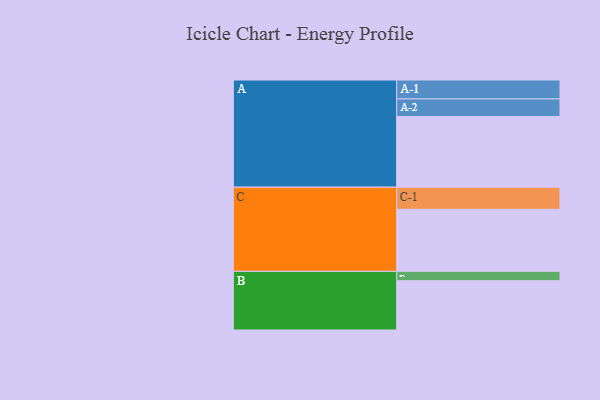
{"axis": {"x": "Segment", "y": "Value"}, "legend": ["", "A", "B", "C"], "data": [{"x": "A", "y": 470, "type": ""}, {"x": "B", "y": 328, "type": ""}, {"x": "C", "y": 413, "type": ""}, {"x": "A-1", "y": 126, "type": "A"}, {"x": "A-2", "y": 117, "type": "A"}, {"x": "B-1", "y": 62, "type": "B"}, {"x": "C-1", "y": 147, "type": "C"}]}